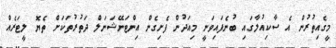
މީގެއިތުރުން އެ ސާކިއުލާގައި ބުނެފައިވަނީ މިއަދުން ފެށިގެން އިންޓަނޭޝަނަލް ދަތުރުތަކަށް ތެޔޮ ލީޓަރެއް